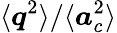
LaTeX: \langle\boldsymbol{q}^{2}\rangle/\langle\boldsymbol{a}_{c}^{2}\rangle